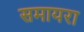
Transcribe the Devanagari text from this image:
समायरा